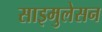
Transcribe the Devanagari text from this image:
साइमुलेसन